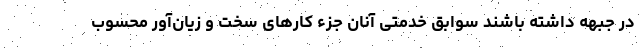
در جبهه داشته باشند سوابق خدمتی آنان جزء کارهای سخت و زیان‌آور محسوب